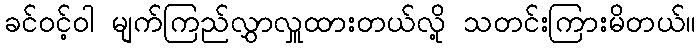
ခင်ဝင့်ဝါ မျက်ကြည်လွှာလှူထားတယ်လို့ သတင်းကြားမိတယ်။